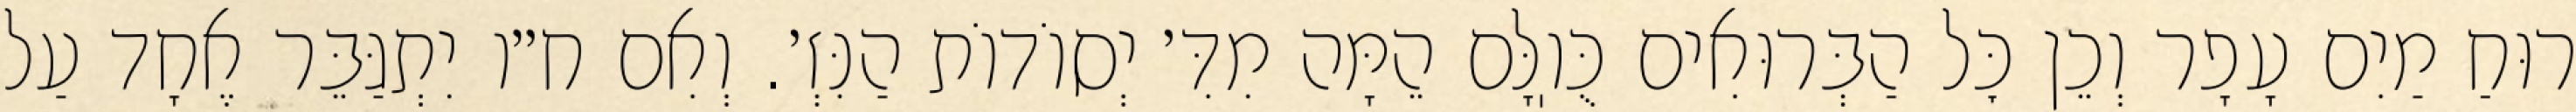
רוּחַ מַיִם עָפָר וְכֵן כׇּל הַבְּרוּאִים כֻּוֽלָּם הֵמָּה מִדִּ׳ יְסוֹדוֹת הַנִּזְ׳. וְאִם ח״ו יִתְגַּבֵּר אֶחָד עַל